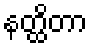
နတ္ထိတာ